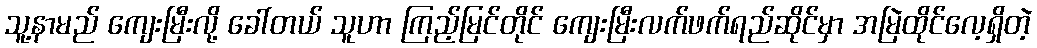
သူ့နာမည် ကျေးမြီးလို့ ခေါ်တယ် သူဟာ ကြည့်မြင်တိုင် ကျေးမြီးလက်ဖက်ရည်ဆိုင်မှာ အမြဲထိုင်လေ့ရှိတဲ့